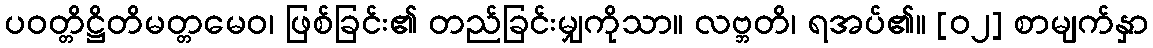
ပဝတ္တိဋ္ဌိတိမတ္တမေဝ၊ ဖြစ်ခြင်း၏ တည်ခြင်းမျှကိုသာ။ လဗ္ဘတိ၊ ရအပ်၏။ [၀၂] စာမျက်နှာ